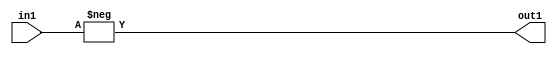
`timescale 1ps / 1ps
/*****************************************************************************
    Verilog RTL Description
    
    
    Created by: Stratus DpOpt 21.05.01 
*******************************************************************************/

module SobelFilter_Minus_32S_32S_4 (
	in1,
	out1
	); /* architecture "behavioural" */ 
input [31:0] in1;
output [31:0] out1;
wire [31:0] asc001;

assign asc001 = 
	-(in1);

assign out1 = asc001;
endmodule

/* CADENCE  urb5Sww= : u9/ySxbfrwZIxEzHVQQV8Q== ** DO NOT EDIT THIS LINE ******/